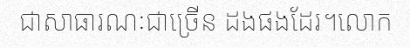
ជាសាធារណៈជាច្រើន ដងផងដែរ។លោក